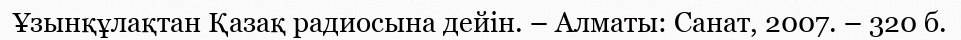
Ұзынқұлақтан Қазақ радиосына дейін. – Алматы: Санат, 2007. – 320 б.